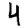
Digit: 4